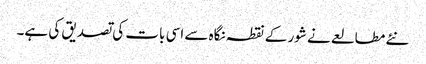
نئے مطالعے نے شور کے نقطہ نگاہ سے اسی بات کی تصدیق کی ہے۔